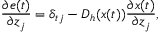
\frac { \partial e ( t ) } { \partial z _ { j } } = \delta _ { t j } - D _ { h } ( x ( t ) ) \frac { \partial x ( t ) } { \partial z _ { j } } ,